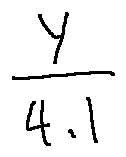
\frac { Y } { 4 . 1 }